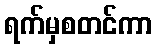
ရက်မှစတင်ကာ